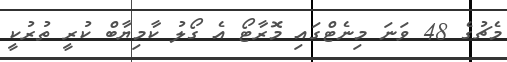
މެޗުގެ 48 ވަނަ މިނެޓްގައި މޮރާޓޯ އެ ގޯލު ކާމިޔާބް ކުރީ ތުރުކީ